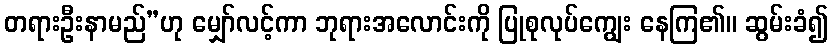
တရားဦးနာမည်”ဟု မျှော်လင့်ကာ ဘုရားအလောင်းကို ပြုစုလုပ်ကျွေး နေကြ၏။ ဆွမ်းခံ၍